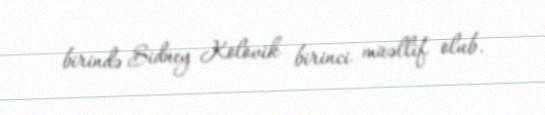
birində Sidney Kolovik birinci müəllif olub.